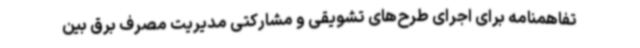
تفاهمنامه برای اجرای طرح‌های تشویقی و مشارکتی مدیریت مصرف برق بین